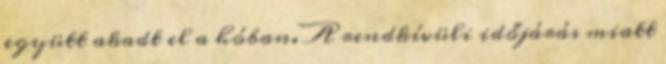
együtt akadt el a hóban. A rendkívüli időjárás miatt